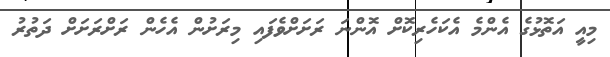
މިއީ އަތޮޅުގެ އެންމެ އެކަހެރިކޮށް އޮންނަ ރަށަށްވެފައި މިރަށުން އެހެން ރަށްރަށަށް ދަތުރު